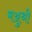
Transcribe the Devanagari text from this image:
मञ्जुश्री